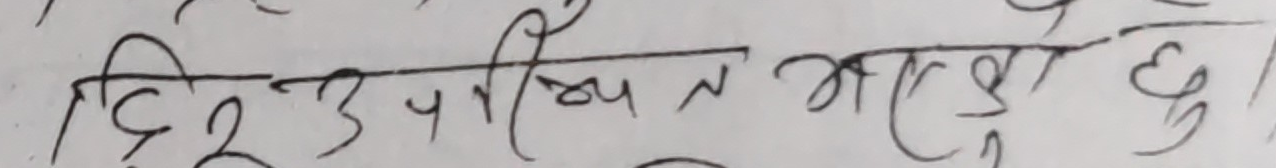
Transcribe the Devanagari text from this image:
दिउ उपस्थित भएको छु।